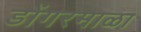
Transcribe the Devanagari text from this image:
डोंगरमाळा